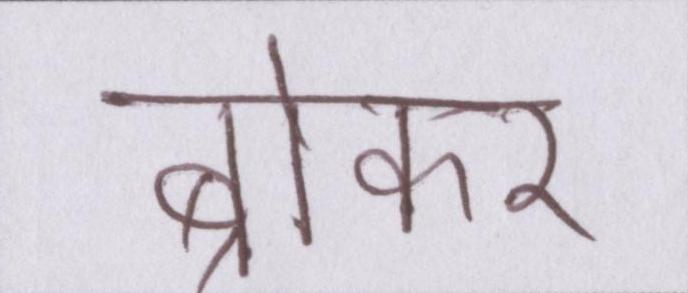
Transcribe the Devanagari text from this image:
ब्रोकर